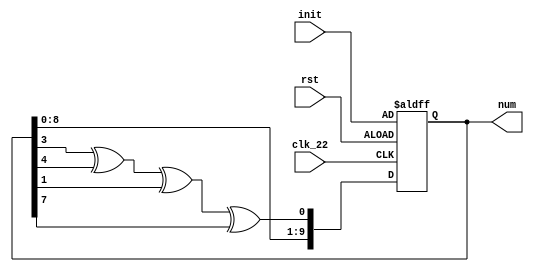
`timescale 1ns / 1ps
//////////////////////////////////////////////////////////////////////////////////
// Company: 
// Engineer: 
// 
// Design Name: 
// Module Name: LFSR
// Project Name: 
// Target Devices: 
// Tool Versions: 
// Description: 
// 
// Dependencies: 
// 
// Revision:
// Revision 0.01 - File Created
// Additional Comments:
// 
//////////////////////////////////////////////////////////////////////////////////


module LFSR(clk_22, rst, init, num); // 0~511
input clk_22, rst;
input [9:0]init;
output reg [9:0]num;

always @(posedge clk_22 or negedge rst)
    if(~rst)
        num <= init;
    else begin
        num[9:1] <= num[8:0];
        num[0] <= (num[3]^num[4]^num[1]^num[7]);
    end
    
endmodule